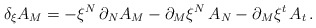
\begin{align*}\delta_\xi A_M = - \xi^N \,\partial_N A_M - \partial_M \xi^N \,A_N -\partial_M \xi^t \,A_t \,.\end{align*}